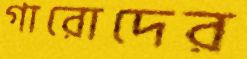
গারোদের